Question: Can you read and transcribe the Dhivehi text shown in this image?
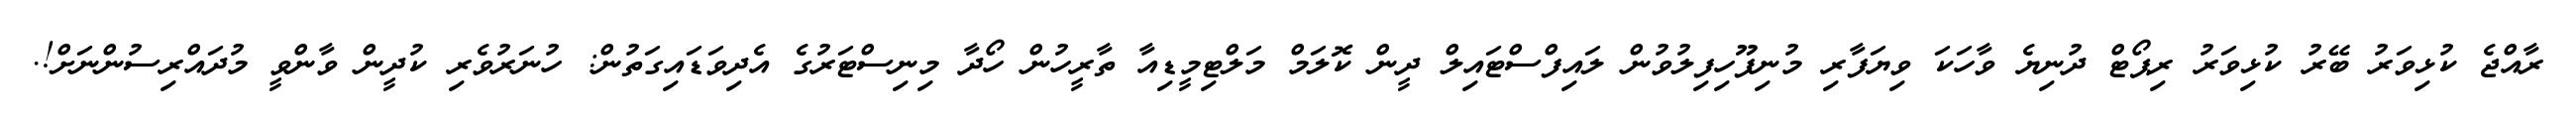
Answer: ރާއްޖެ ކުޅިވަރު ބޭރު ކުޅިވަރު ރިޕޯޓް ދުނިޔެ ވާހަކަ ވިޔަފާރި މުނިފޫހިފިލުވުން ލައިފްސްޓައިލް ދީން ކޮލަމް މަލްޓިމީޑިއާ ތާރީހުން ހޯދާ މިނިސްޓަރުގެ އެދިވަޑައިގަތުން: ހުނަރުވެރި ކުދީން ވާންވީ މުދައްރިސުންނަށް!.